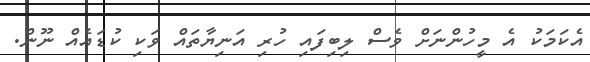
އެކަމަކުު އެ މީހުންނަށް ވެސް ލިބިފައި ހުރި އަނިޔާތައް ވަކި ކުޑައެއް ނޫން.